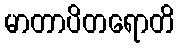
မာတာပိတရောတိ